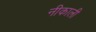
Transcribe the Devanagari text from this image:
नीकाली